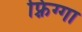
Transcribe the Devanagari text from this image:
फ़्रिग्गा